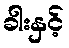
ခါးနှင့်